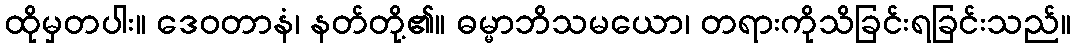
ထိုမှတပါး။ ဒေဝတာနံ၊ နတ်တို့၏။ ဓမ္မာဘိသမယော၊ တရားကိုသိခြင်းရခြင်းသည်။